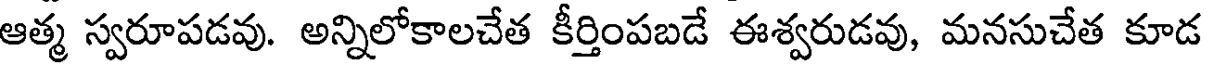
ఆత్మ స్వరూపడవు. అన్నిలోకాలచేత కీర్తింపబడే ఈశ్వరుడవు, మనసుచేత కూడ